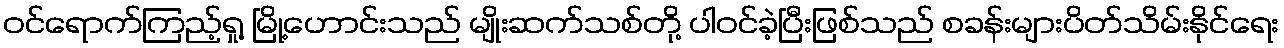
ဝင်ရောက်ကြည့်ရှု့ မြို့ဟောင်းသည် မျိုးဆက်သစ်တို့ ပါဝင်ခဲ့ပြီးဖြစ်သည် စခန်းများပိတ်သိမ်းနိုင်ရေး